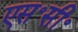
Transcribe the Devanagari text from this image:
एस॰सी॰